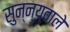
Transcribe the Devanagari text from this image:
सुन्न्य्वाले